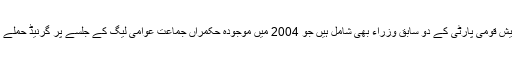
سزائے موت پانے والوں میں موجودہ اپوزیشن جماعت بنگلہ دیش قومی پارٹی کے دو سابق وزراء بھی شامل ہیں جو 2004 میں موجودہ حکمراں جماعت عوامی لیگ کے جلسے پر گرنیڈ حملے کے وقت وزیر داخلہ اور نائب وزیر کے عہدے پر فائز تھے۔